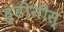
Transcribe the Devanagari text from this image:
हुडीनीस्